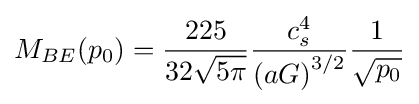
M_{BE}(p_{0})={225 \over {32{\sqrt {5\pi }}}}{c_{s}^{4} \over {(aG)}^{3/2}}{1 \over {\sqrt {p_{0}}}}